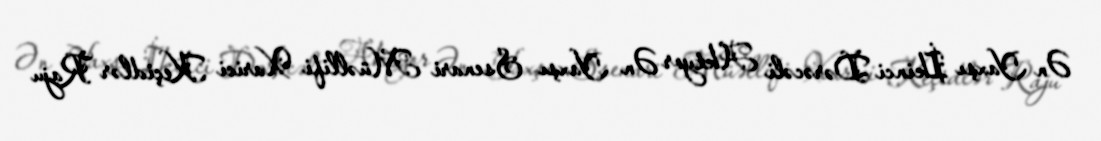
Ən Yaxşı İkinci Dərəcəli Aktyor Ən Yaxşı Ssenari Müəllifi Xarici Keçidlər Raju